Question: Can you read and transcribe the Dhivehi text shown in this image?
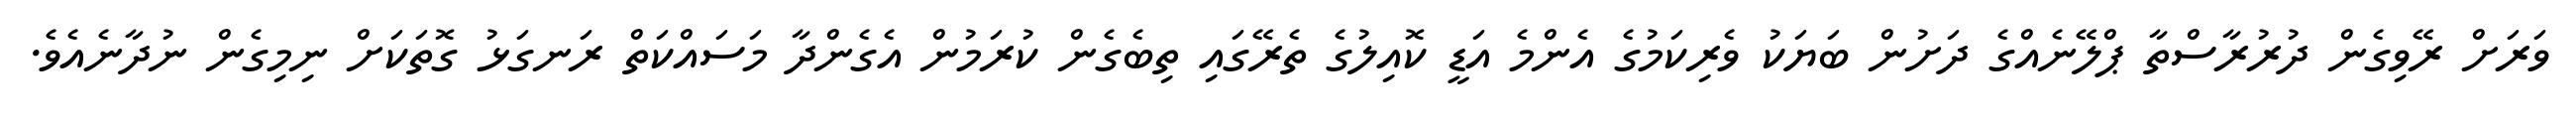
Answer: ވަރަށް ރޭވިގެން ދުރުރާސްތާ ޕްލޭނެއްގެ ދަށުން ބަޔަކު ވެރިކަމުގެ އެންމެ އަޑީ ކޮއިލުގެ ތެރޭގައި ތިބެގެން ކުރަމުން އެގެންދާ މަސައްކަތް ރަނގަޅު ގޮތަކަށް ނިމިގެން ނުދާނެއެވެ.